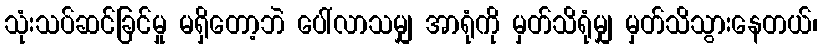
သုံးသပ်ဆင်ခြင်မှု မရှိတော့ဘဲ ပေါ်လာသမျှ အာရုံကို မှတ်သိရုံမျှ မှတ်သိသွားနေတယ်၊